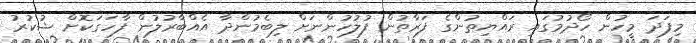
މިފަދަ މީހުން ހޯދުމުގައި ރައްޔިތުންގެ ފަރާތުން ފުލުހުންނަށް ލިބެމުންދާ އެއްބާރުލުން ފާހަގަކޮށް ޝުކުރު